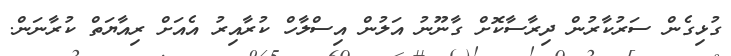
ގުޅިގެން ސަރުކާރުން ދިރާސާކޮށް ގާނޫނު އަލުން އިސްލާހް ކުރާއިރު އެއަށް ރިއާޔަތް ކުރާނަން.